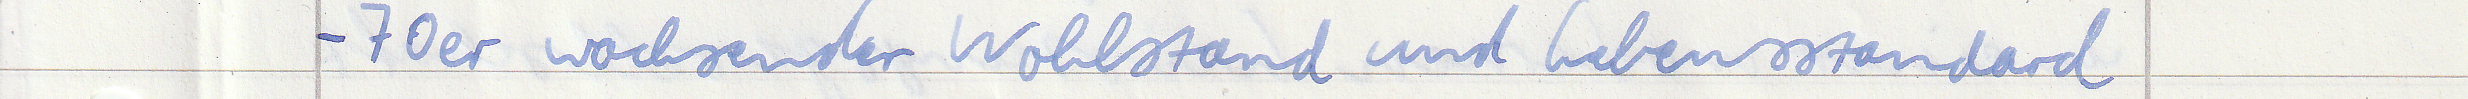
- 70er wachsender Wohlstand und Lebensstandard